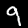
Digit: 9